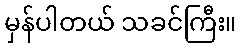
မှန်ပါတယ် သခင်ကြီး။